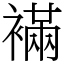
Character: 襔